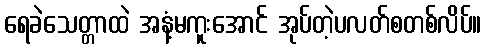
ရေခဲသေတ္တာထဲ အနံ့မကူးအောင် အုပ်တဲ့ပလတ်စတစ်လိပ်။